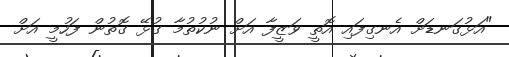
"އަޅުގަނޑަށް އެނގިފައި އޮތީ ވަޒީފާ އަށް ނުކުތުމާ ގުޅޭ ގޮތުން ފަހުމީ އަށް